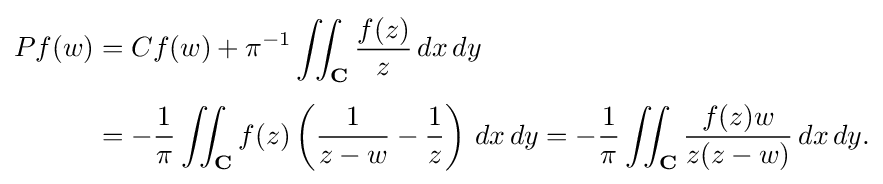
{\begin{aligned}Pf(w)&=Cf(w)+\pi ^{-1}\iint _{\mathbf {C} }{f(z) \over z}\,dx\,dy\\[4pt]&=-{1 \over \pi }\iint _{\mathbf {C} }f(z)\left({1 \over z-w}-{1 \over z}\right)\,dx\,dy=-{1 \over \pi }\iint _{\mathbf {C} }{f(z)w \over z(z-w)}\,dx\,dy.\end{aligned}}